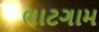
ભાટગામ